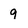
Character: 9